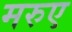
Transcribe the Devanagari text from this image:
मरुए